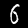
Digit: 6